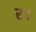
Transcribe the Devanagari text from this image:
र।